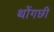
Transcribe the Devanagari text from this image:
थोंगछी